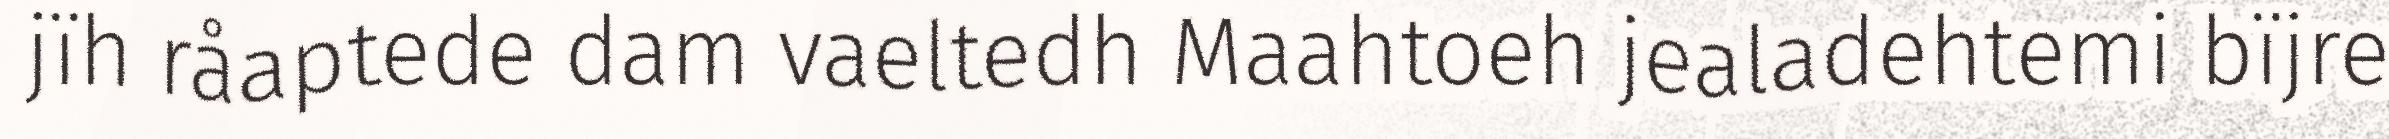
jïh råaptede dam vaeltedh Maahtoeh jealadehtemi bïjre